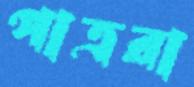
পাত্ররা